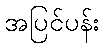
အပြင်ပန်း